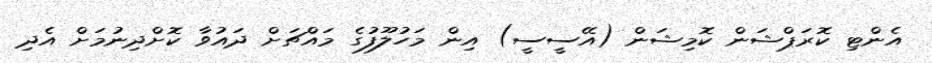
އެންޓި ކޮރަޕްޝަން ކޮމިޝަން (އޭސީސީ) އިން މަހުލޫފުގެ މައްޗަށް ދައުވާ ކޮށްދިނުމަށް އެދި